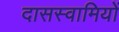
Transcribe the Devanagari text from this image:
दासस्वामियों